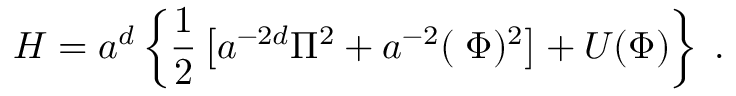
{ \cal H } = a ^ { d } \left\{ \frac { 1 } { 2 } \left[ a ^ { - 2 d } \Pi ^ { 2 } + a ^ { - 2 } ( { \bf \nabla } \Phi ) ^ { 2 } \right] + U ( \Phi ) \right\} \; .